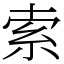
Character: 索